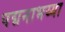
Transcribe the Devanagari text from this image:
पद्मनाभय्या